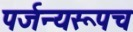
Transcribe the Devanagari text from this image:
पर्जन्यरूपच